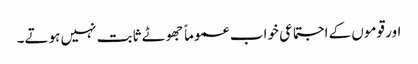
اور قوموں کے اجتماعی خواب عموماً جھوٹے ثابت نہیں ہوتے۔